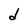
Character: d